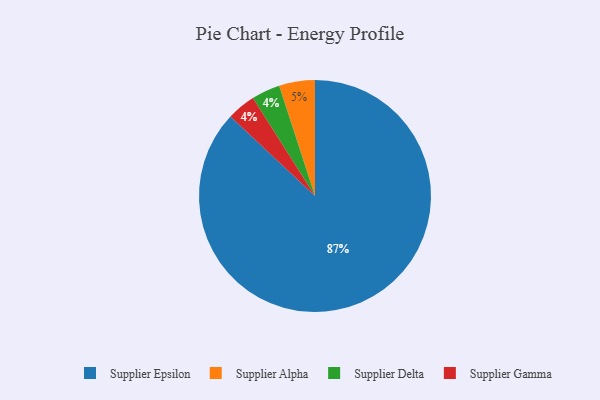
{"axis": {"x": "Category", "y": "Percentage"}, "legend": ["Supplier Alpha", "Supplier Delta", "Supplier Epsilon", "Supplier Gamma"], "data": [{"x": "Supplier Delta", "y": 4, "type": "Supplier Delta"}, {"x": "Supplier Alpha", "y": 5, "type": "Supplier Alpha"}, {"x": "Supplier Gamma", "y": 4, "type": "Supplier Gamma"}, {"x": "Supplier Epsilon", "y": 87, "type": "Supplier Epsilon"}]}